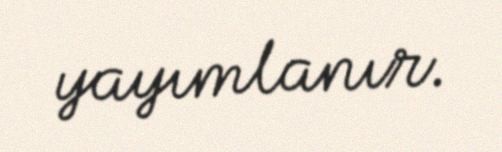
yayımlanır.